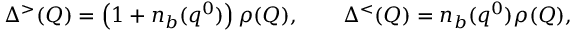
\Delta ^ { > } ( Q ) = \left( 1 + n _ { b } ( q ^ { 0 } ) \right) \rho ( Q ) , \qquad \Delta ^ { < } ( Q ) = n _ { b } ( q ^ { 0 } ) \rho ( Q ) ,